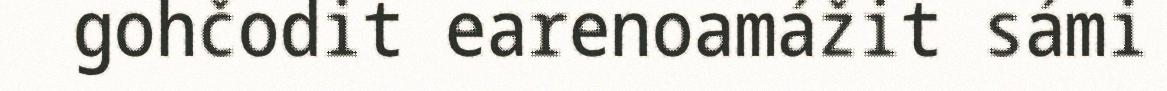
gohčodit earenoamážit sámi